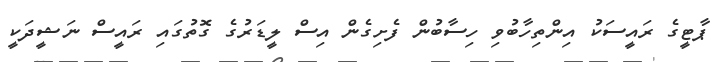
ޕާޓީގެ ރައީސަކު އިންތިހާބުވި ހިސާބުން ފެށިގެން އިސް ލީޑަރުގެ ގޮތުގައި ރައީސް ނަޝީދަކީ